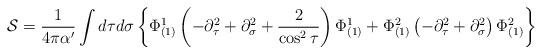
LaTeX: \begin{align*}{\cal S}=\frac{1}{4\pi\alpha'}\int d\tau d\sigma\left\{ \Phi^{1}_{(1)}\left( -\partial^2_\tau+\partial^2_\sigma+\frac{2}{\cos^2\tau}\right)\Phi^{1}_{(1)}+\Phi^{2}_{(1)}\left( -\partial^2_\tau+\partial^2_\sigma\right)\Phi^{2}_{(1)}\right\}\end{align*}